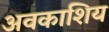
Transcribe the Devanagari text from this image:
अवकाशिय